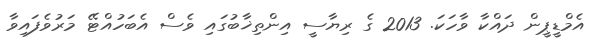
އެމްޑީޕީން ދައްކާ ވާހަކަ. 2013 ގެ ރިޔާސީ އިންތިޚާބުގައި ވެސް އެބަހުއްޓޭ މަރުވެފައިވާ